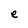
Character: e